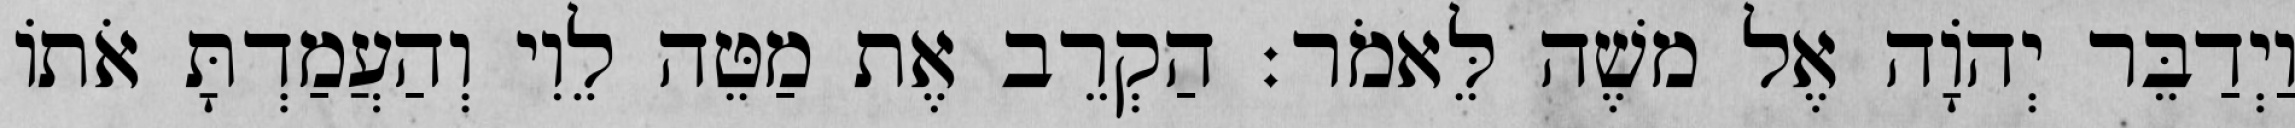
וַיְדַבֵּר יְהוָֹה אֶל משֶׁה לֵּאמֹר׃ הַקְרֵב אֶת מַטֵּה לֵוִי וְהַעֲמַדְתָּ אֹתוֹ